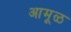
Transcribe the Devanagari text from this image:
आमूळ